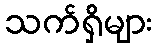
သက်ရှိများ